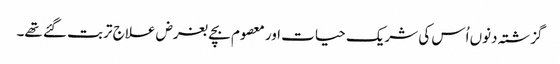
گزشتہ دنوں اُس کی شریک حیات اور معصوم بچے بغرض علاج تربت گئے تھے۔